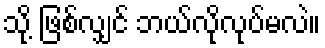
သို့ ဖြစ်လျှင် ဘယ်လိုလုပ်မလဲ။